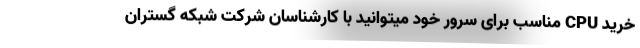
خرید CPU مناسب برای سرور خود میتوانید با کارشناسان شرکت شبکه گستران